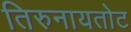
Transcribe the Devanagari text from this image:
तिरुनायतोट